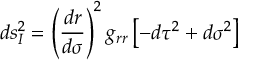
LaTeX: d s _ { I } ^ { 2 } = \left( \frac { d r } { d \sigma } \right) ^ { 2 } g _ { r r } \left[ - d \tau ^ { 2 } + d \sigma ^ { 2 } \right]